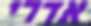
אדרי